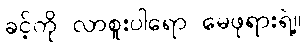
ခင့်ကို လာစူးပါရော မေဖုရားရဲ့။